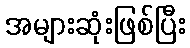
အများဆုံးဖြစ်ပြီး